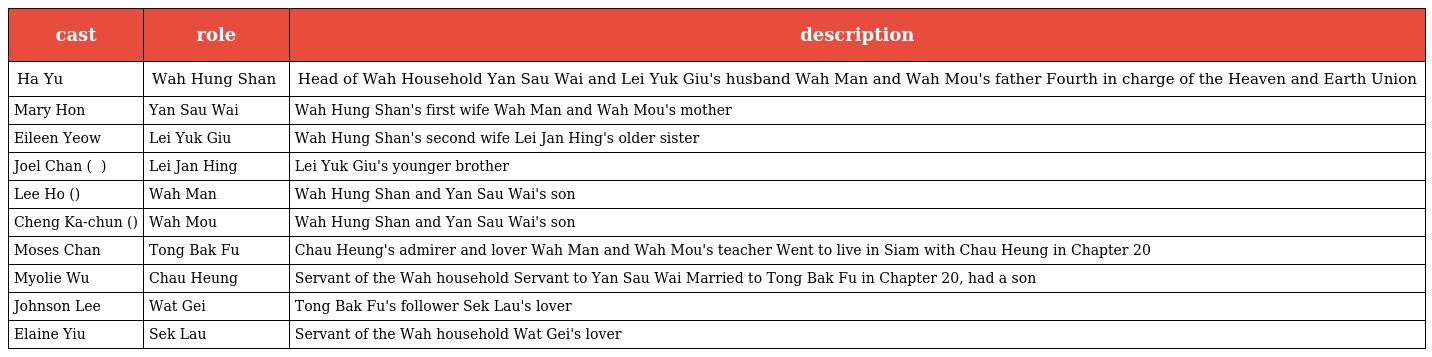
| cast | role | description |
 | --- | --- | --- |
 | Ha Yu | Wah Hung Shan 華鴻山 | Head of Wah Household Yan Sau Wai and Lei Yuk Giu's husband Wah Man and Wah Mou's father Fourth in charge of the Heaven and Earth Union |
 | Mary Hon | Yan Sau Wai 殷秀慧 | Wah Hung Shan's first wife Wah Man and Wah Mou's mother |
 | Eileen Yeow | Lei Yuk Giu 李玉嬌 | Wah Hung Shan's second wife Lei Jan Hing's older sister |
 | Joel Chan ( 陳山聰 ) | Lei Jan Hing 李振興 | Lei Yuk Giu's younger brother |
 | Lee Ho (李豪) | Wah Man 華文 | Wah Hung Shan and Yan Sau Wai's son |
 | Cheng Ka-chun (鄭家俊) | Wah Mou 華武 | Wah Hung Shan and Yan Sau Wai's son |
 | Moses Chan | Tong Bak Fu 唐伯虎 | Chau Heung's admirer and lover Wah Man and Wah Mou's teacher Went to live in Siam with Chau Heung in Chapter 20 |
 | Myolie Wu | Chau Heung 秋香 | Servant of the Wah household Servant to Yan Sau Wai Married to Tong Bak Fu in Chapter 20, had a son |
 | Johnson Lee | Wat Gei 屈機 | Tong Bak Fu's follower Sek Lau's lover |
 | Elaine Yiu | Sek Lau 石榴 | Servant of the Wah household Wat Gei's lover |